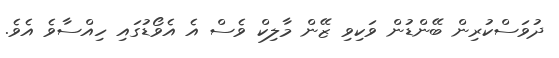
ދުވަސްކުރިން ބޭންޑުން ވަކިވި ޒޭން މާލިކް ވެސް އެ އެވޯޑުގައި ހިއްސާވެ އެވެ.